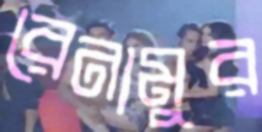
রেনামুর